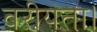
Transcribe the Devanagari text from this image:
वरीयता।